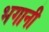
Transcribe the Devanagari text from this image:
भगानी